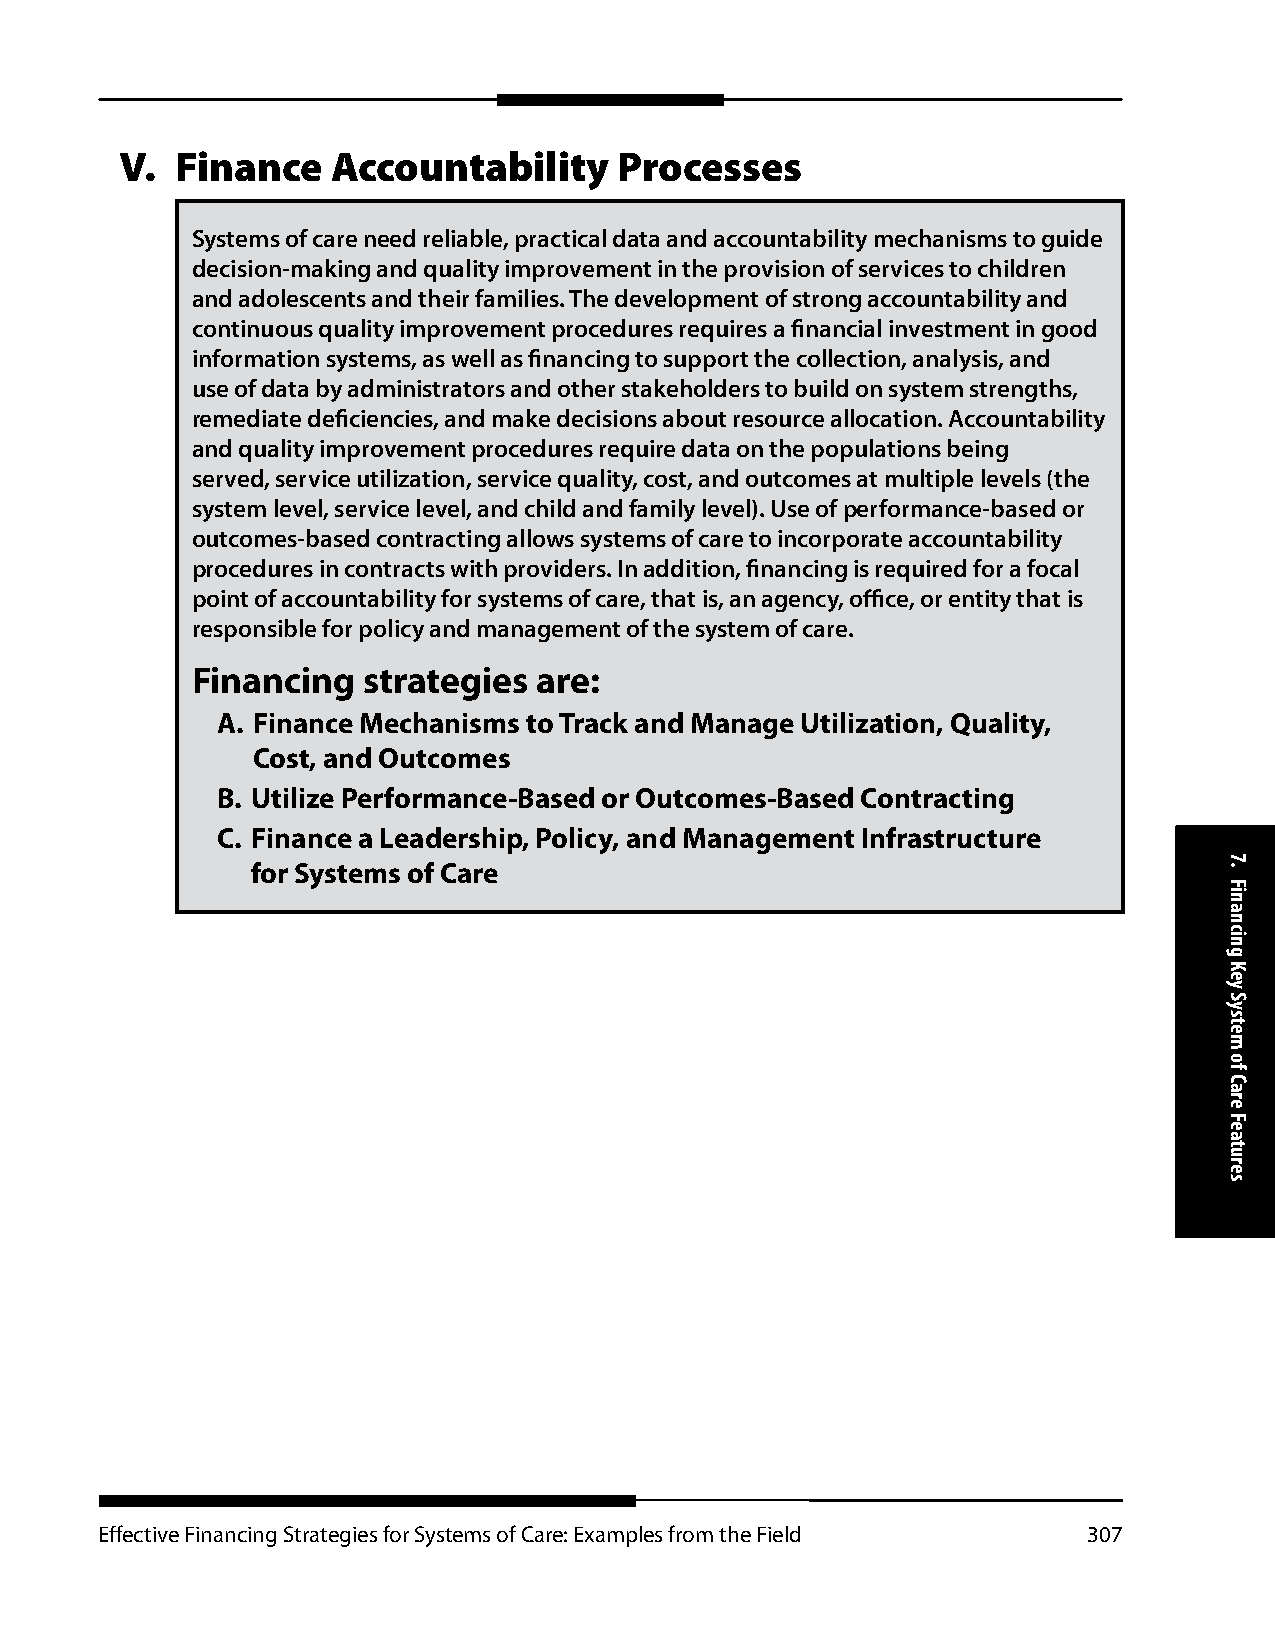
V.  Finance   Accountability     Processes
 Systems of care need reliable, practical data and accountability mechanisms to guide
 decision-making and quality improvement in the provision of services to children
 and adolescents and their families. The development of strong accountability and
 continuous quality improvement procedures requires a financial investment in good
 information systems, as well as financing to support the collection, analysis, and
 use of data by administrators and other stakeholders to build on system strengths,
 remediate deficiencies, and make decisions about resource allocation. Accountability
 and quality improvement procedures require data on the populations being
 served, service utilization, service quality, cost, and outcomes at multiple levels (the
 system level, service level, and child and family level). Use of performance-based or
 outcomes-based contracting allows systems of care to incorporate accountability
 procedures in contracts with providers. In addition, financing is required for a focal
 point of accountability for systems of care, that is, an agency, office, or entity that is
 responsible for policy and management of the system of care.
 Financing  strategies are:
 A. Finance Mechanisms to Track and Manage Utilization, Quality,
 Cost, and Outcomes
 B. Utilize Performance-Based or Outcomes-Based Contracting
 C. Finance a Leadership, Policy, and Management Infrastructure
 for Systems of Care
 Effective Financing Strategies for Systems of Care: Examples from the Field 307
 7.
 Financing
 Key
 System
 of
 Care
 Features